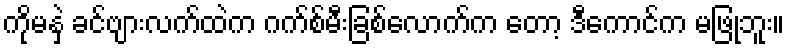
ကိုမနှဲ ခင်ဗျားလက်ထဲက ဂက်စ်မီးခြစ်လောက်က တော့ ဒီကောင်က မဖြုံဘူး။